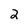
Character: 2